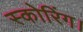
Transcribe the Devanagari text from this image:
स्कोरिंग।